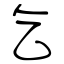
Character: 乞